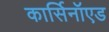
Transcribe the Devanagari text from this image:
कार्सिनॉएड